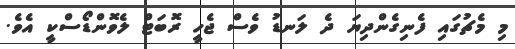
މި މެޗުގައި ފެނިގެންދިޔަ ދެ ލަނޑު ވެސް ޖެހީ ރޮބަޓް ލެވޮންޑޯސްކީ އެވެ.